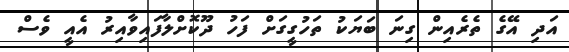
އަދި އޭގެ ތެރެއިން ގިނަ ބަޔަކު ތަހުގީގަށް ފަހު ދޫކޮށްލާފައިވާއިރު އެއީ ވެސް